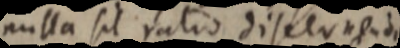
nulla sit ratio discernendi